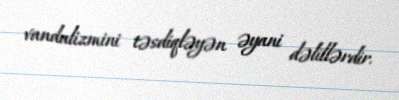
vandalizmini təsdiqləyən əyani dəlillərdir.